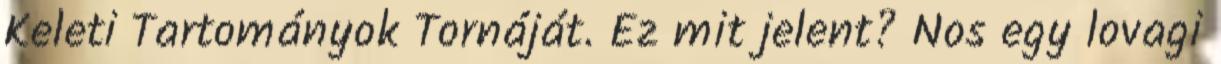
Keleti Tartományok Tornáját. Ez mit jelent? Nos egy lovagi